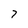
Character: 7